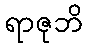
ရာဇုဘိ